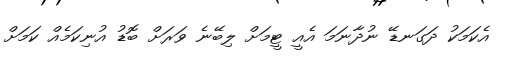
އެކަމަކު ދަގަނޑޭ ނުދާނަމަ އެއީ ޓީމަށް ލިބޭނެ ވަރަށް ބޮޑު އުނިކަމެއް ކަމަށް